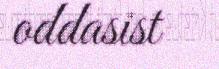
oddasist